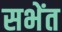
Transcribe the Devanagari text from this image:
सभेंत